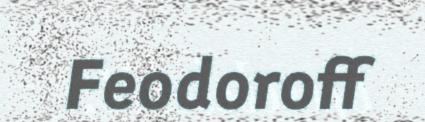
Feodoroff